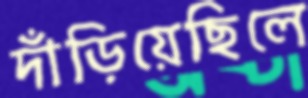
দাঁড়িয়েছিলে